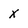
Character: X